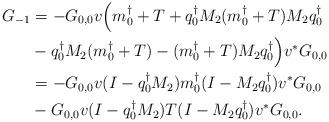
LaTeX: \begin{align*}G_{-1}&=-G_{0,0}v\Bigl(m_0^\dagger +T+q_0^\dagger M_2(m_0^\dagger +T)M_2q_0^\dagger\\&-q_0^\dagger M_2(m_0^\dagger +T)-(m_0^\dagger +T) M_2q_0^\dagger \Bigr)v^*G_{0,0}\\&=-G_{0,0}v(I-q_0^\dagger M_2)m_0^\dagger (I-M_2q_0^\dagger)v^*G_{0,0}\\&-G_{0,0}v(I-q_0^\dagger M_2)T(I-M_2q_0^\dagger)v^*G_{0,0}.\end{align*}